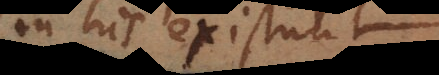
in his existunt